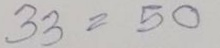
33 = 50